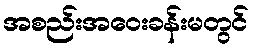
အစည်းအဝေးခန်းမတွင်